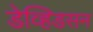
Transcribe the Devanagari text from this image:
डेव्हिडसन